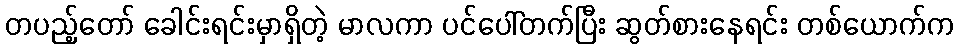
တပည့်တော် ခေါင်းရင်းမှာရှိတဲ့ မာလကာ ပင်ပေါ်တက်ပြီး ဆွတ်စားနေရင်း တစ်ယောက်က